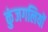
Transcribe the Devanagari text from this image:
कुंजगलियों